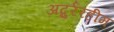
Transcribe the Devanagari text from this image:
अब्दुर्ररहीम